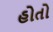
હોતો